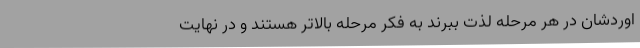
اوردشان در هر مرحله لذت ببرند به فکر مرحله بالاتر هستند و در نهایت